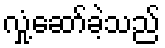
လှုံ့ဆော်ခဲ့သည်